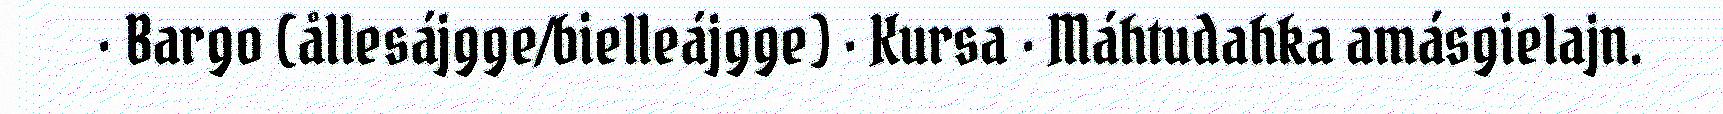
· Bargo (ållesájgge/bielleájgge) · Kursa · Máhtudahka amásgielajn.